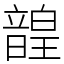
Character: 韹